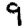
Digit: 9